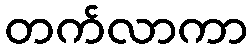
တက်လာကာ